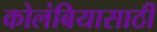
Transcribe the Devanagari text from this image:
कोलंबियासाठी